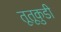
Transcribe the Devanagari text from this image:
तूतूकुडी